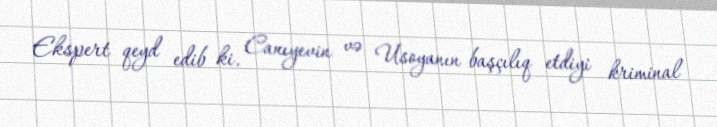
Ekspert qeyd edib ki, Canıyevin və Usoyanın başçılıq etdiyi kriminal